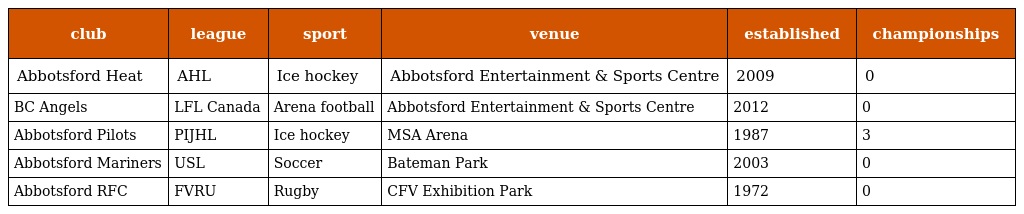
| club | league | sport | venue | established | championships |
 | --- | --- | --- | --- | --- | --- |
 | Abbotsford Heat | AHL | Ice hockey | Abbotsford Entertainment & Sports Centre | 2009 | 0 |
 | BC Angels | LFL Canada | Arena football | Abbotsford Entertainment & Sports Centre | 2012 | 0 |
 | Abbotsford Pilots | PIJHL | Ice hockey | MSA Arena | 1987 | 3 |
 | Abbotsford Mariners | USL | Soccer | Bateman Park | 2003 | 0 |
 | Abbotsford RFC | FVRU | Rugby | CFV Exhibition Park | 1972 | 0 |